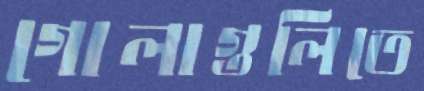
গোলাগুলিতে